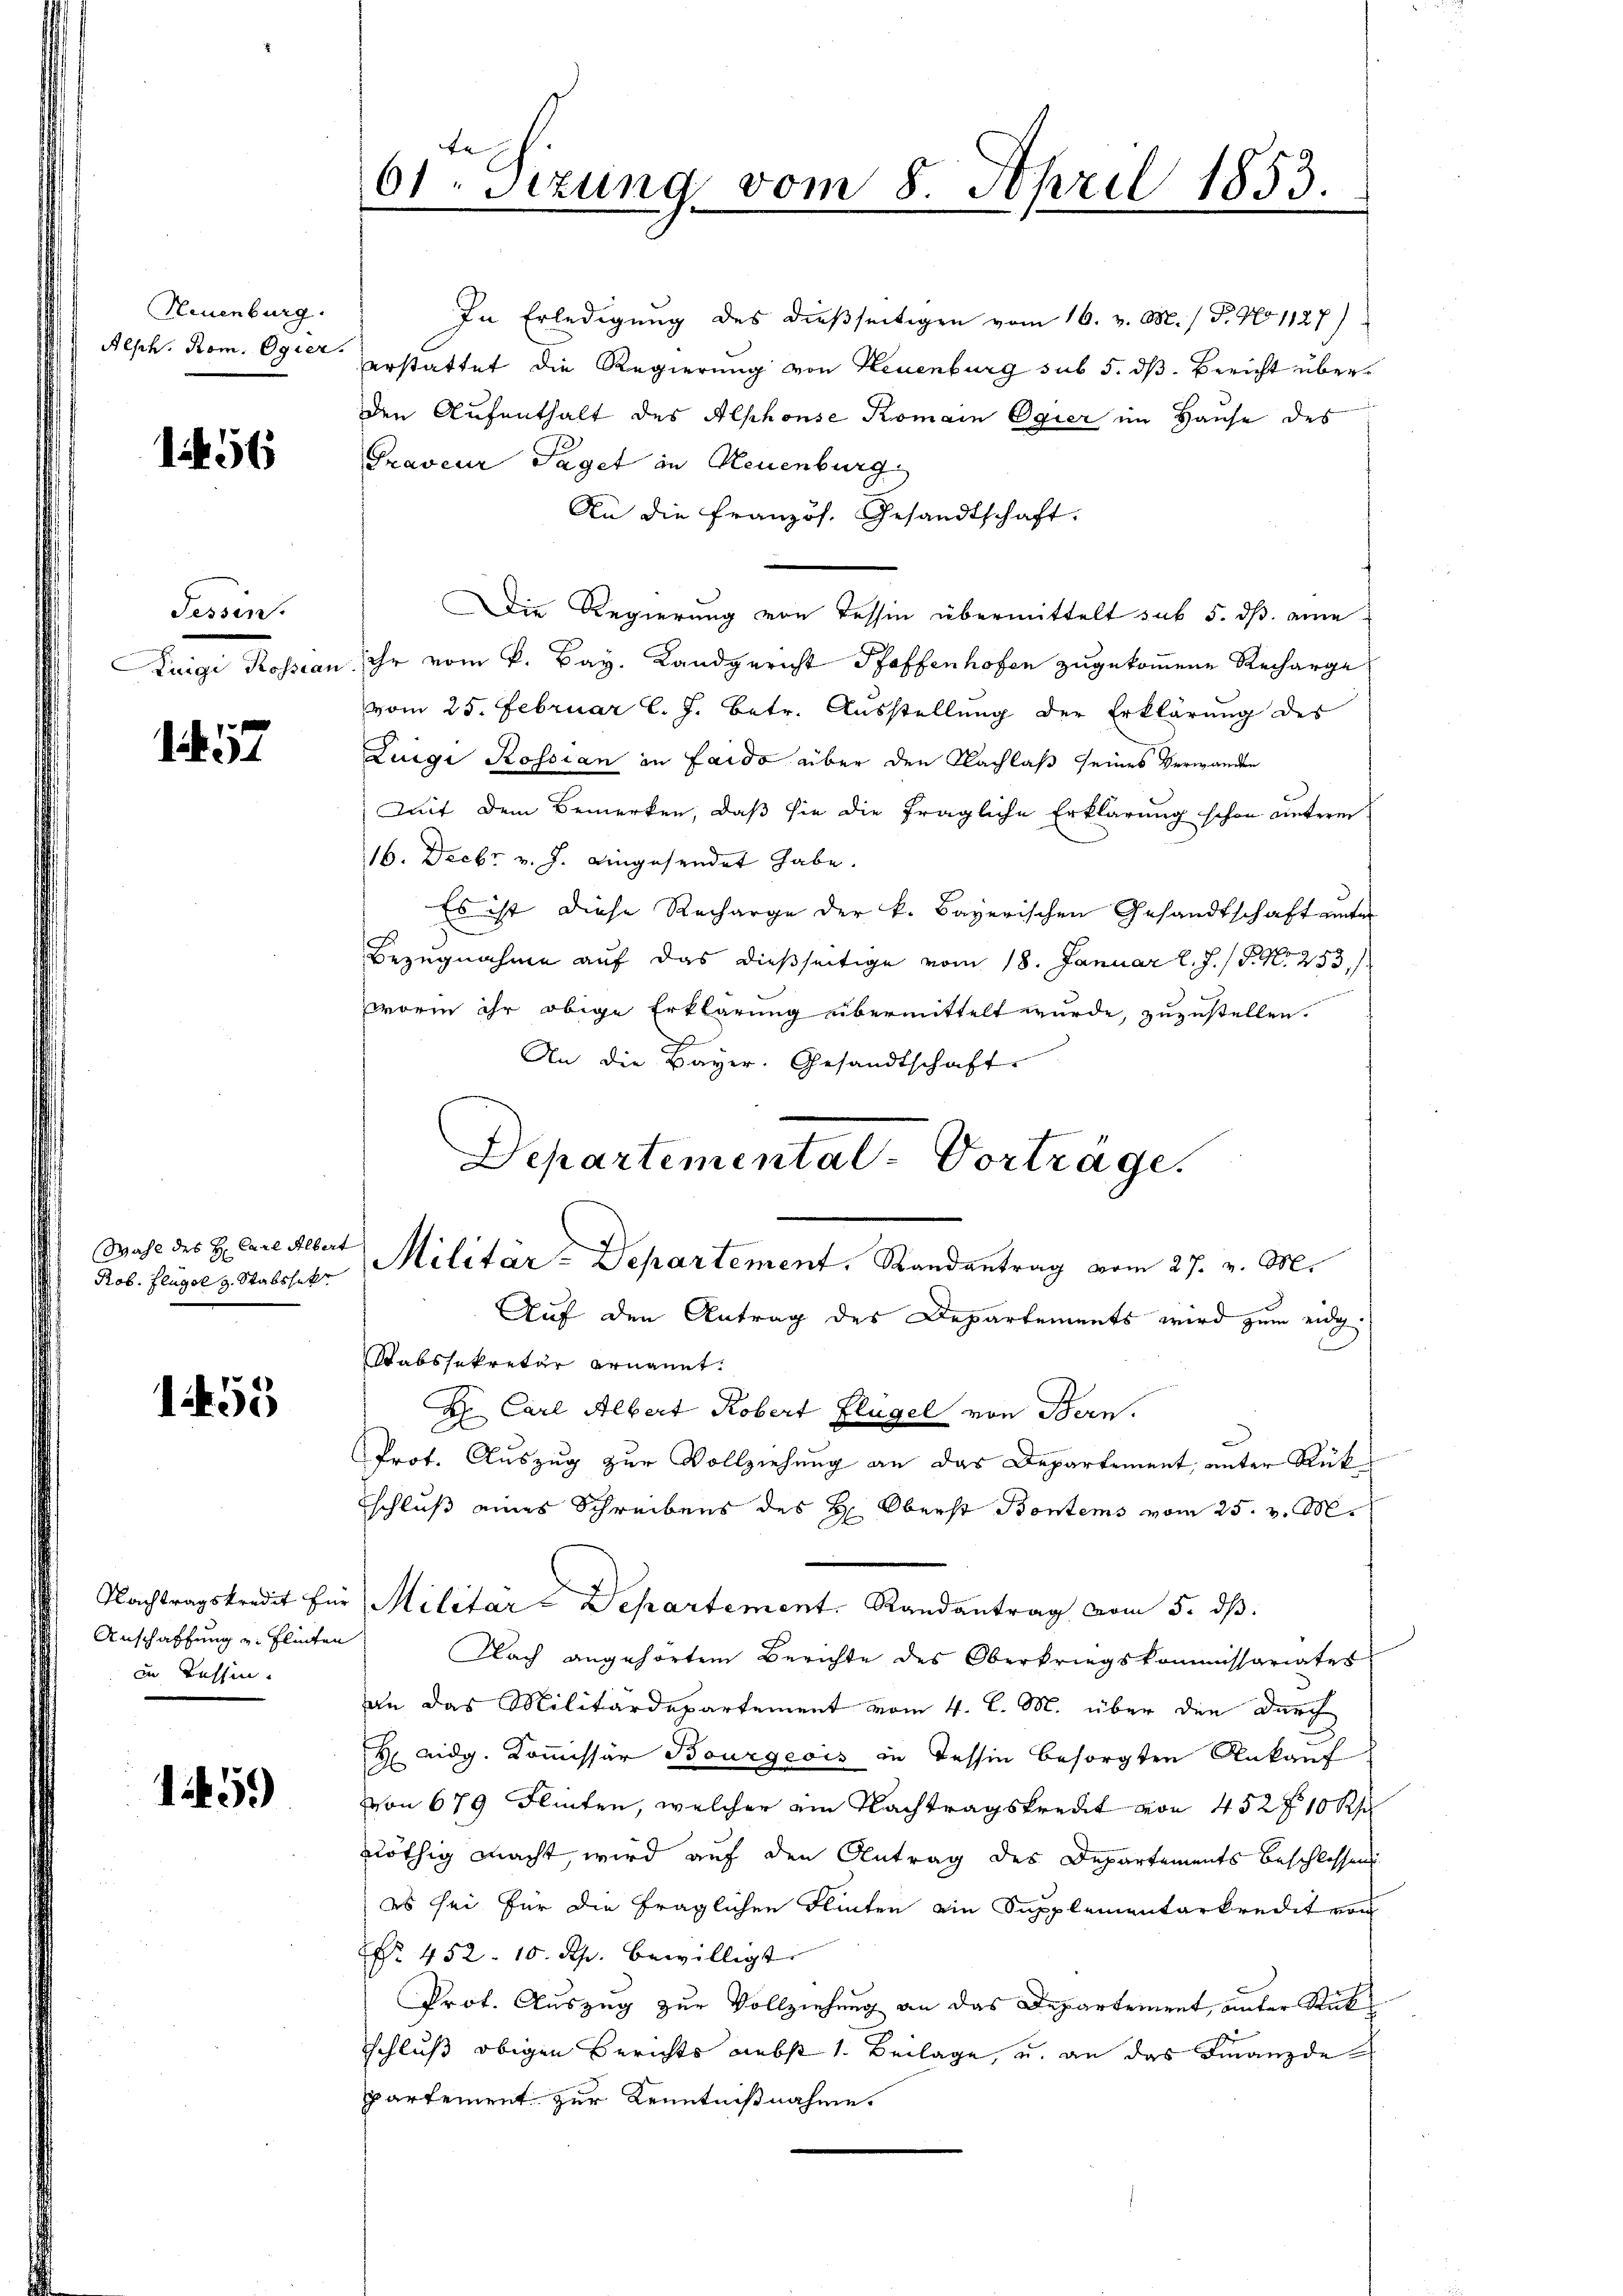
Neuenburg.
Alph. Rom. Egier

1456

Fessen.
Kuigi Rossian.

57

Wahl des H. Carl Alber
Rob. Flügel z. Stabshak

155

Nachtragskredit für
Anschaffung u. Flinten
in Tessin.

15.)

61 Sizung vom 8. April 1853.

Departemental-Vorträge.
Militär-Departement. Randantrag vom 27. v. M.
Auf den Antrag des Departements wird zum eidg

In Erledigung des dießseitigen vom 16. v. M. / P. No 1127)
erstattet die Regierung von Neuenburg sub 5. dß. Bericht überden Aufenthalt des Alphonse Komain Egier im Hause des
Praveur Taget in Neuenburg
An die Französ. Gesandtschaft.
Die Regierung von Tessin übermittelt sub 5. dß eine
ihr vom k. Bay. Landgericht Pfaffenhofen zugekommene Recharge
vom 25. Februar l. J. betr. Ausstellung der Erklärung des
Luigi Rossian in Laido über den Nachlaß seines Verwanden
Mit dem Bemerken, daß sie die fragliche Erklärung schon unterm
16. Decbr. v. J. eingesendet habe.
Es ist diese Recharge der k. Bayerischen Gesandtschaft unter
Bezugnahme auf das dießseitige vom 18. Januar l. J. P. N. 253,
worin ihr obige Erklärung übermittelt wurde, zuzustellen.
An die Bayer. Gesandtschafte
Ratssekretär ernannt.
H Carl Albert Robert Flügel von Bern.
Prot. Auszug zur Vollziehung an das Departement, unter Rückschluß eines Schreibens des H. Oberst Bontems vom 25. v. M.
Militärs Departement. Randantrag vom 5. dβ.
Nach angehörtem Berichte des Oberkriegskommissariater
an das Militärdepartement vom 4. l. M. über den durch
H eidg. Kommissär Bourgeois in Tessin besorgten Ankauf
von 679 Flinten, welcher am Nachtragskredit von 452 f 10 R
nöthig macht, wird auf den Antrag des Departements beschlossen
es sei für die fraglichen Flinten ain Supplementarkredit von
Nr. 452. 10. Rp. bewilligt.
Prof. Auszug zur Vollziehung an das Departement, unter Rat
schluß obigen Berichts nebst 1. Beilage, u. an das Finanzde
partement zur Kenntnißnahme.